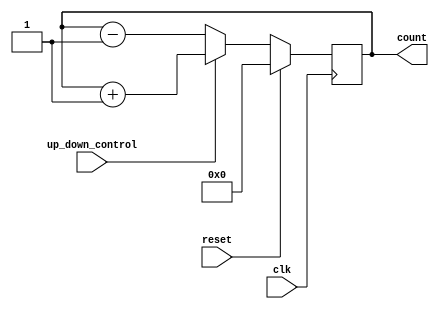
module UpDownCounter (
input wire clk,
input wire reset,
input wire up_down_control,
output reg [7:0] count
);

// Register to store the current count value
reg [7:0] count_reg;

always @(posedge clk) begin
    if (reset) begin
        count_reg <= 8'h00;
    end else begin
        if (up_down_control) begin
            count_reg <= count_reg + 1;
        end else begin
            count_reg <= count_reg - 1;
        end
    end
end

assign count = count_reg;

endmodule